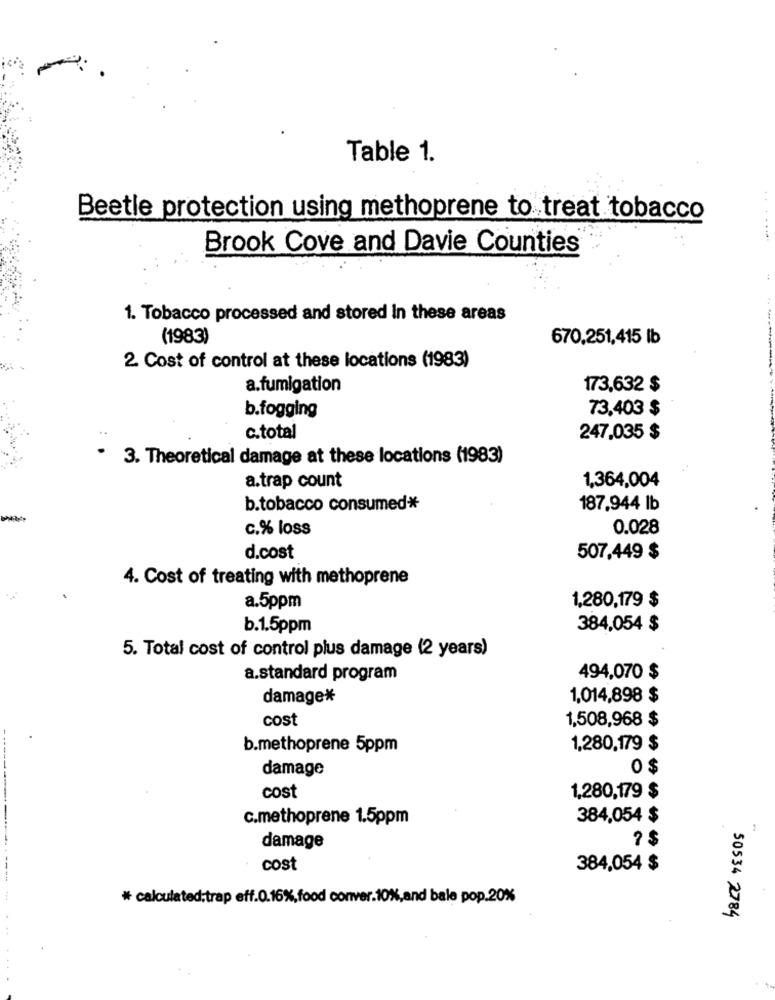
Table 1.
Beetle protection using methoprene to treat tobacco
Brook Cove and Davie Counties
1. Tobacco processed and stored In these areas
(1983)
670,251,415 lb
2. Cost of control at these locations (1983)
a.fumigation
173,632 $
b.fogging
73,403 $
c.total
247,035 $
3. Theoretical damage at these locations (1983)
a.trap count
1,364,004
b.tobacco consumed*
187,944 lb
-
c.% loss
0.028
d.cost
507,449 $
4. Cost of treating with methoprene
a.5ppm
1,280,179 $
b.1.5ppm
384,054 $
5. Total cost of control plus damage (2 years)
a.standard program
494,070 $
damage*
1,014,898 $
cost
1,508,968 $
b.methoprene 5ppm
1,280,179 $
damage
0 $
cost
1,280,179 $
c.methoprene 1.5ppm
384,054 $
2 $
damage
cost
384,054 $
----
* calculated;trap eff.0.16%,food conver.10%,and bale pop.20%
50534 2784